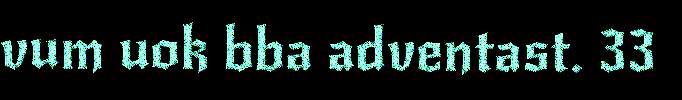
vum uok bba adventast. 33